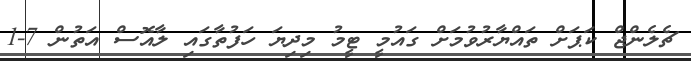
ޗެލެންޖް ކަޕަށް ތައްޔާރުވުމަށް ގައުމީ ޓީމު މިދިޔަ ހަފުތާގައި ލާއޮސް އަތުން 7-1